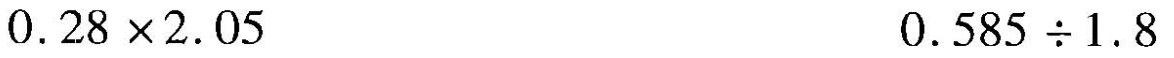
$$0. 2 8 \times 2 .0 5$$ $$0 .5 8 5 \div 1. 8$$